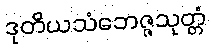
ဒုတိယသံဘေဇ္ဇသုတ္တံ